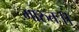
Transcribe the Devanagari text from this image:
मारुतः।।